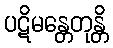
ပဋိမန္တေတုန္တိ